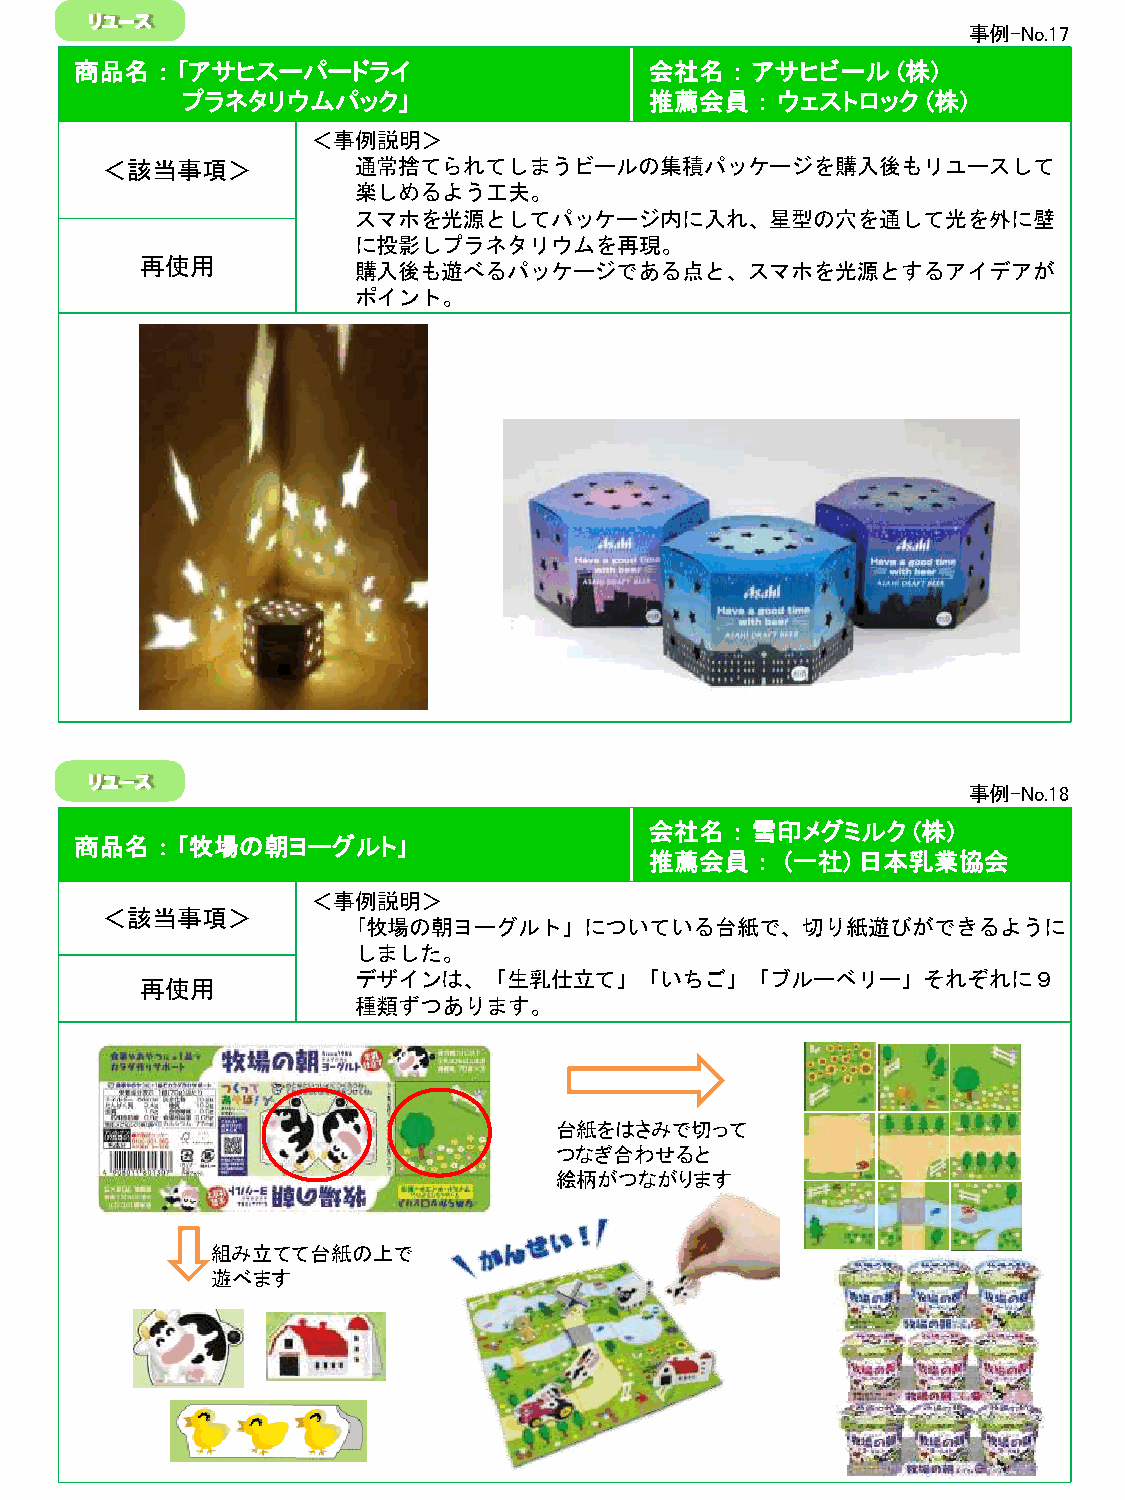
リユース
 事例-No.17
 商品名  ： ｢アサヒスーパードライ                    会社名  ： アサヒビール   (株)
 プラネタリウムパック｣                    推薦会員   ： ウェストロック  (株)
 ＜事例説明＞
 ＜該当事項＞          通常捨てられてしまうビールの集積パッケージを購入後もリユースして
 楽しめるよう工夫。
 スマホを光源としてパッケージ内に入れ、星型の穴を通して光を外に壁
 に投影しプラネタリウムを再現。
 再使用
 購入後も遊べるパッケージである点と、スマホを光源とするアイデアが
 ポイント。
 リユース
 事例-No.18
 会社名  ： 雪印メグミルク   (株)
 商品名  ： ｢牧場の朝ヨーグルト｣
 推薦会員   ： (一社) 日本乳業協会
 ＜事例説明＞
 ＜該当事項＞
 ｢牧場の朝ヨーグルト」についている台紙で、切り紙遊びができるように
 しました。
 デザインは、「生乳仕立て」「いちご」「ブルーベリー」それぞれに９
 再使用
 種類ずつあります。
 台紙をはさみで切って
 つなぎ合わせると
 絵柄がつながります
 組み立てて台紙の上で
 遊べます